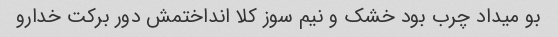
بو میداد چرب بود خشک و نیم سوز کلا انداختمش دور برکت خدارو